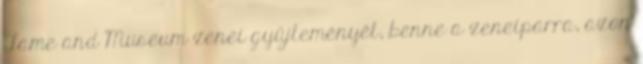
Fame and Museum zenei gyűjteményét, benne a zeneiparra, azon